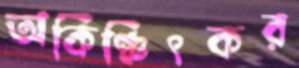
অকিঞ্চিৎকর